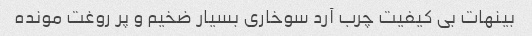
بینهات بی کیفیت چرب آرد سوخاری بسیار ضخیم و پر روغت مونده